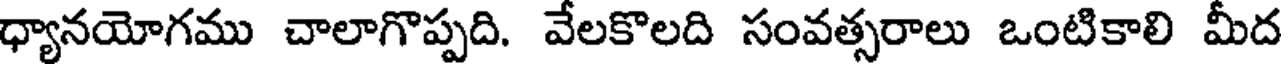
ధ్యానయోగము చాలాగొప్పది. వేలకొలది సంవత్సరాలు ఒంటికాలి మీద